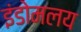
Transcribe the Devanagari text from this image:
इंडोमलय